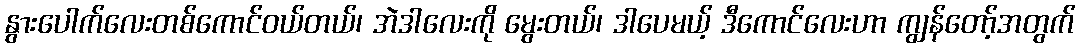
နွားပေါက်လေးတစ်ကောင်ဝယ်တယ်၊ အဲဒါလေးကို မွေးတယ်၊ ဒါပေမယ့် ဒီကောင်လေးဟာ ကျွန်တော့်အတွက်